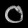
Digit: ၀